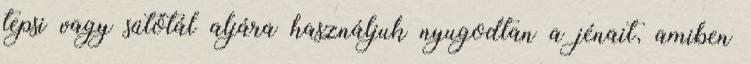
tepsi vagy sütőtál aljára használjuk nyugodtan a jénait, amiben